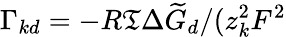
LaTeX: \Gamma_{kd}=-{R\mathfrak{T}\Delta\widetilde{{G}}_{d}}/(z_{k}^{2}F^{2}